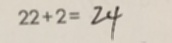
2 2 + 2 = 2 4